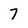
Character: 7